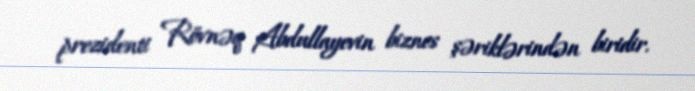
prezidenti Rövnəq Abdullayevin biznes şəriklərindən biridir.